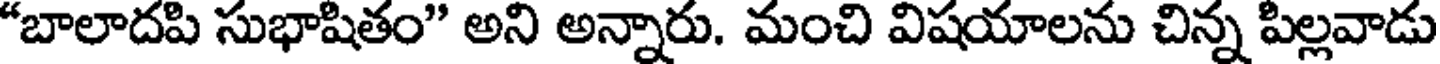
"బాలాదపి సుభాషితం" అని అన్నారు. మంచి విషయాలను చిన్న పిల్లవాడు